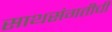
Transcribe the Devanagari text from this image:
साथसंगतीची